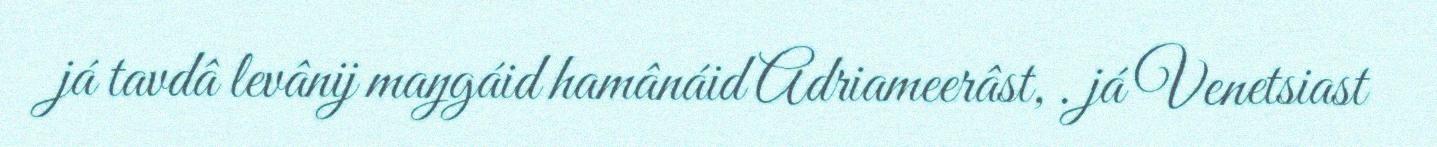
já tavdâ levânij maŋgáid hamânáid Adriameerâst, . já Venetsiast